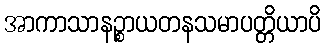
အာကာသာနဉ္စာယတနသမာပတ္တိယာပိ